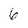
Character: 6